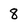
Character: 8